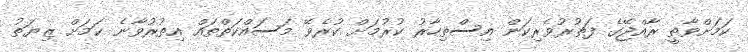
ކަމަށްވާތީ ރާއްޖޭގެ ފަތުރުވެރިކަން އިސްތިހާރު ކުރުމަށް ކުރެވޭ މަސައްކަތްތައް އިތުރުވާނެ ކަަމަށް ޒިޔަތު